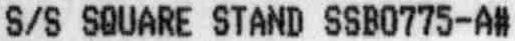
S/S SQUARE STAND SSB0775-A#